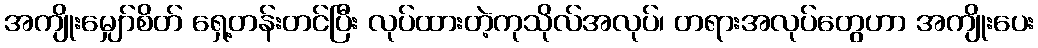
အကျိုးမျှော်စိတ် ရှေ့တန်းတင်ပြီး လုပ်ထားတဲ့ကုသိုလ်အလုပ်၊ တရားအလုပ်တွေဟာ အကျိုးပေး